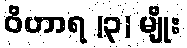
ဝိဟာရ (၃) မျိုး